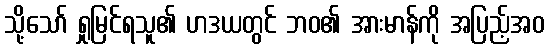
သို့သော် ရှုမြင်ရသူ၏ ဟဒယတွင် ဘဝ၏ အားမာန်ကို အပြည့်အဝ